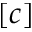
[ c ]